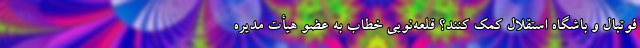
فوتبال و باشگاه استقلال کمک کنند؟ قلعه‌نویی خطاب به عضو هیأت مدیره